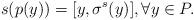
LaTeX: \begin{align*}s(p(y))=[y,\sigma^s(y)], \forall y\in P.\end{align*}